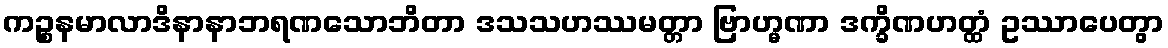
ကဉ္စနမာလာဒိနာနာဘရဏသောဘိတာ ဒသသဟဿမတ္တာ ဗြာဟ္မဏာ ဒက္ခိဏဟတ္ထံ ဥဿာပေတွာ